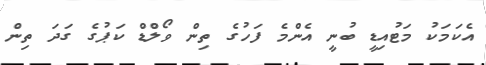
އެކަމަކު މަޓުއިޑީ ބުނީ އެންމެ ފަހުގެ ތިން ވޯލްޑް ކަޕުގެ ގަދަ ތިން